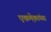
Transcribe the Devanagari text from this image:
एकमे़कांच्या